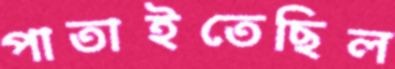
পাতাইতেছিল